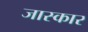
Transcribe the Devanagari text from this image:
जास्कार